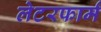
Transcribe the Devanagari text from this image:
लेटरफार्म